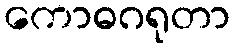
ကောဓဂရုတာ